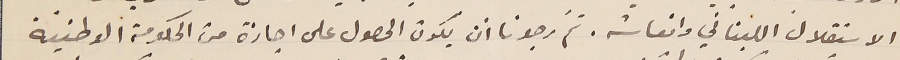
الاستقلال اللبناني وانعاشه. ثمّ رجونا أن يكون الحصول على اجازة من الحكومة الوطنية